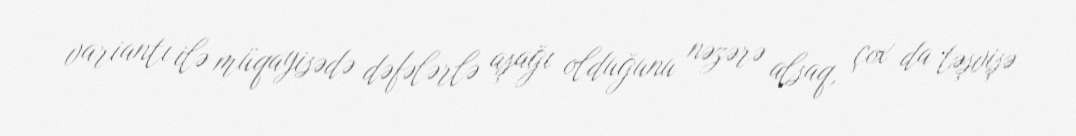
variantı ilə müqayisədə dəfələrlə aşağı olduğunu nəzərə alsaq, çox da təşvişə